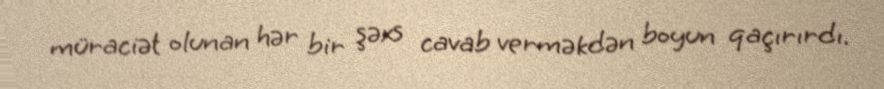
müraciət olunan hər bir şəxs cavab verməkdən boyun qaçırırdı.